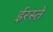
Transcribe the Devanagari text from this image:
ईरस्ते